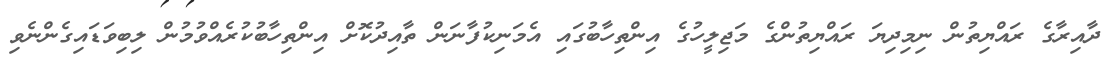
ދާއިރާގެ ރައްޔިތުން ނިމިދިޔަ ރައްޔިތުންގެ މަޖިލީހުގެ އިންތިހާބުގައި އެމަނިކުފާނަން ތާއިދުކޮށް އިންތިހާބުކުރެއްވުމުން ލިބިވަޑައިގެންނެވި